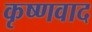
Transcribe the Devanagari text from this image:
कृष्णवाद